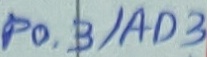
Text: P0.3/AD3